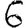
Digit: 6